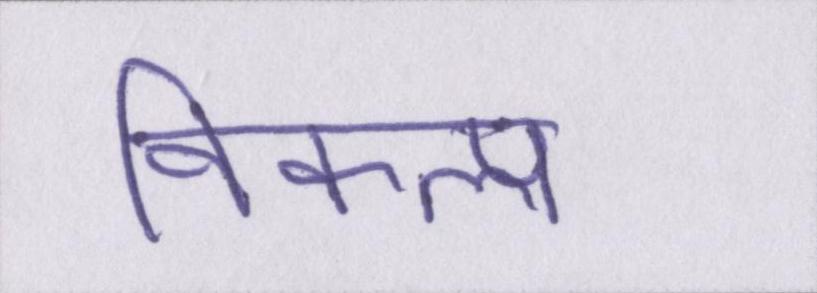
विकल्प